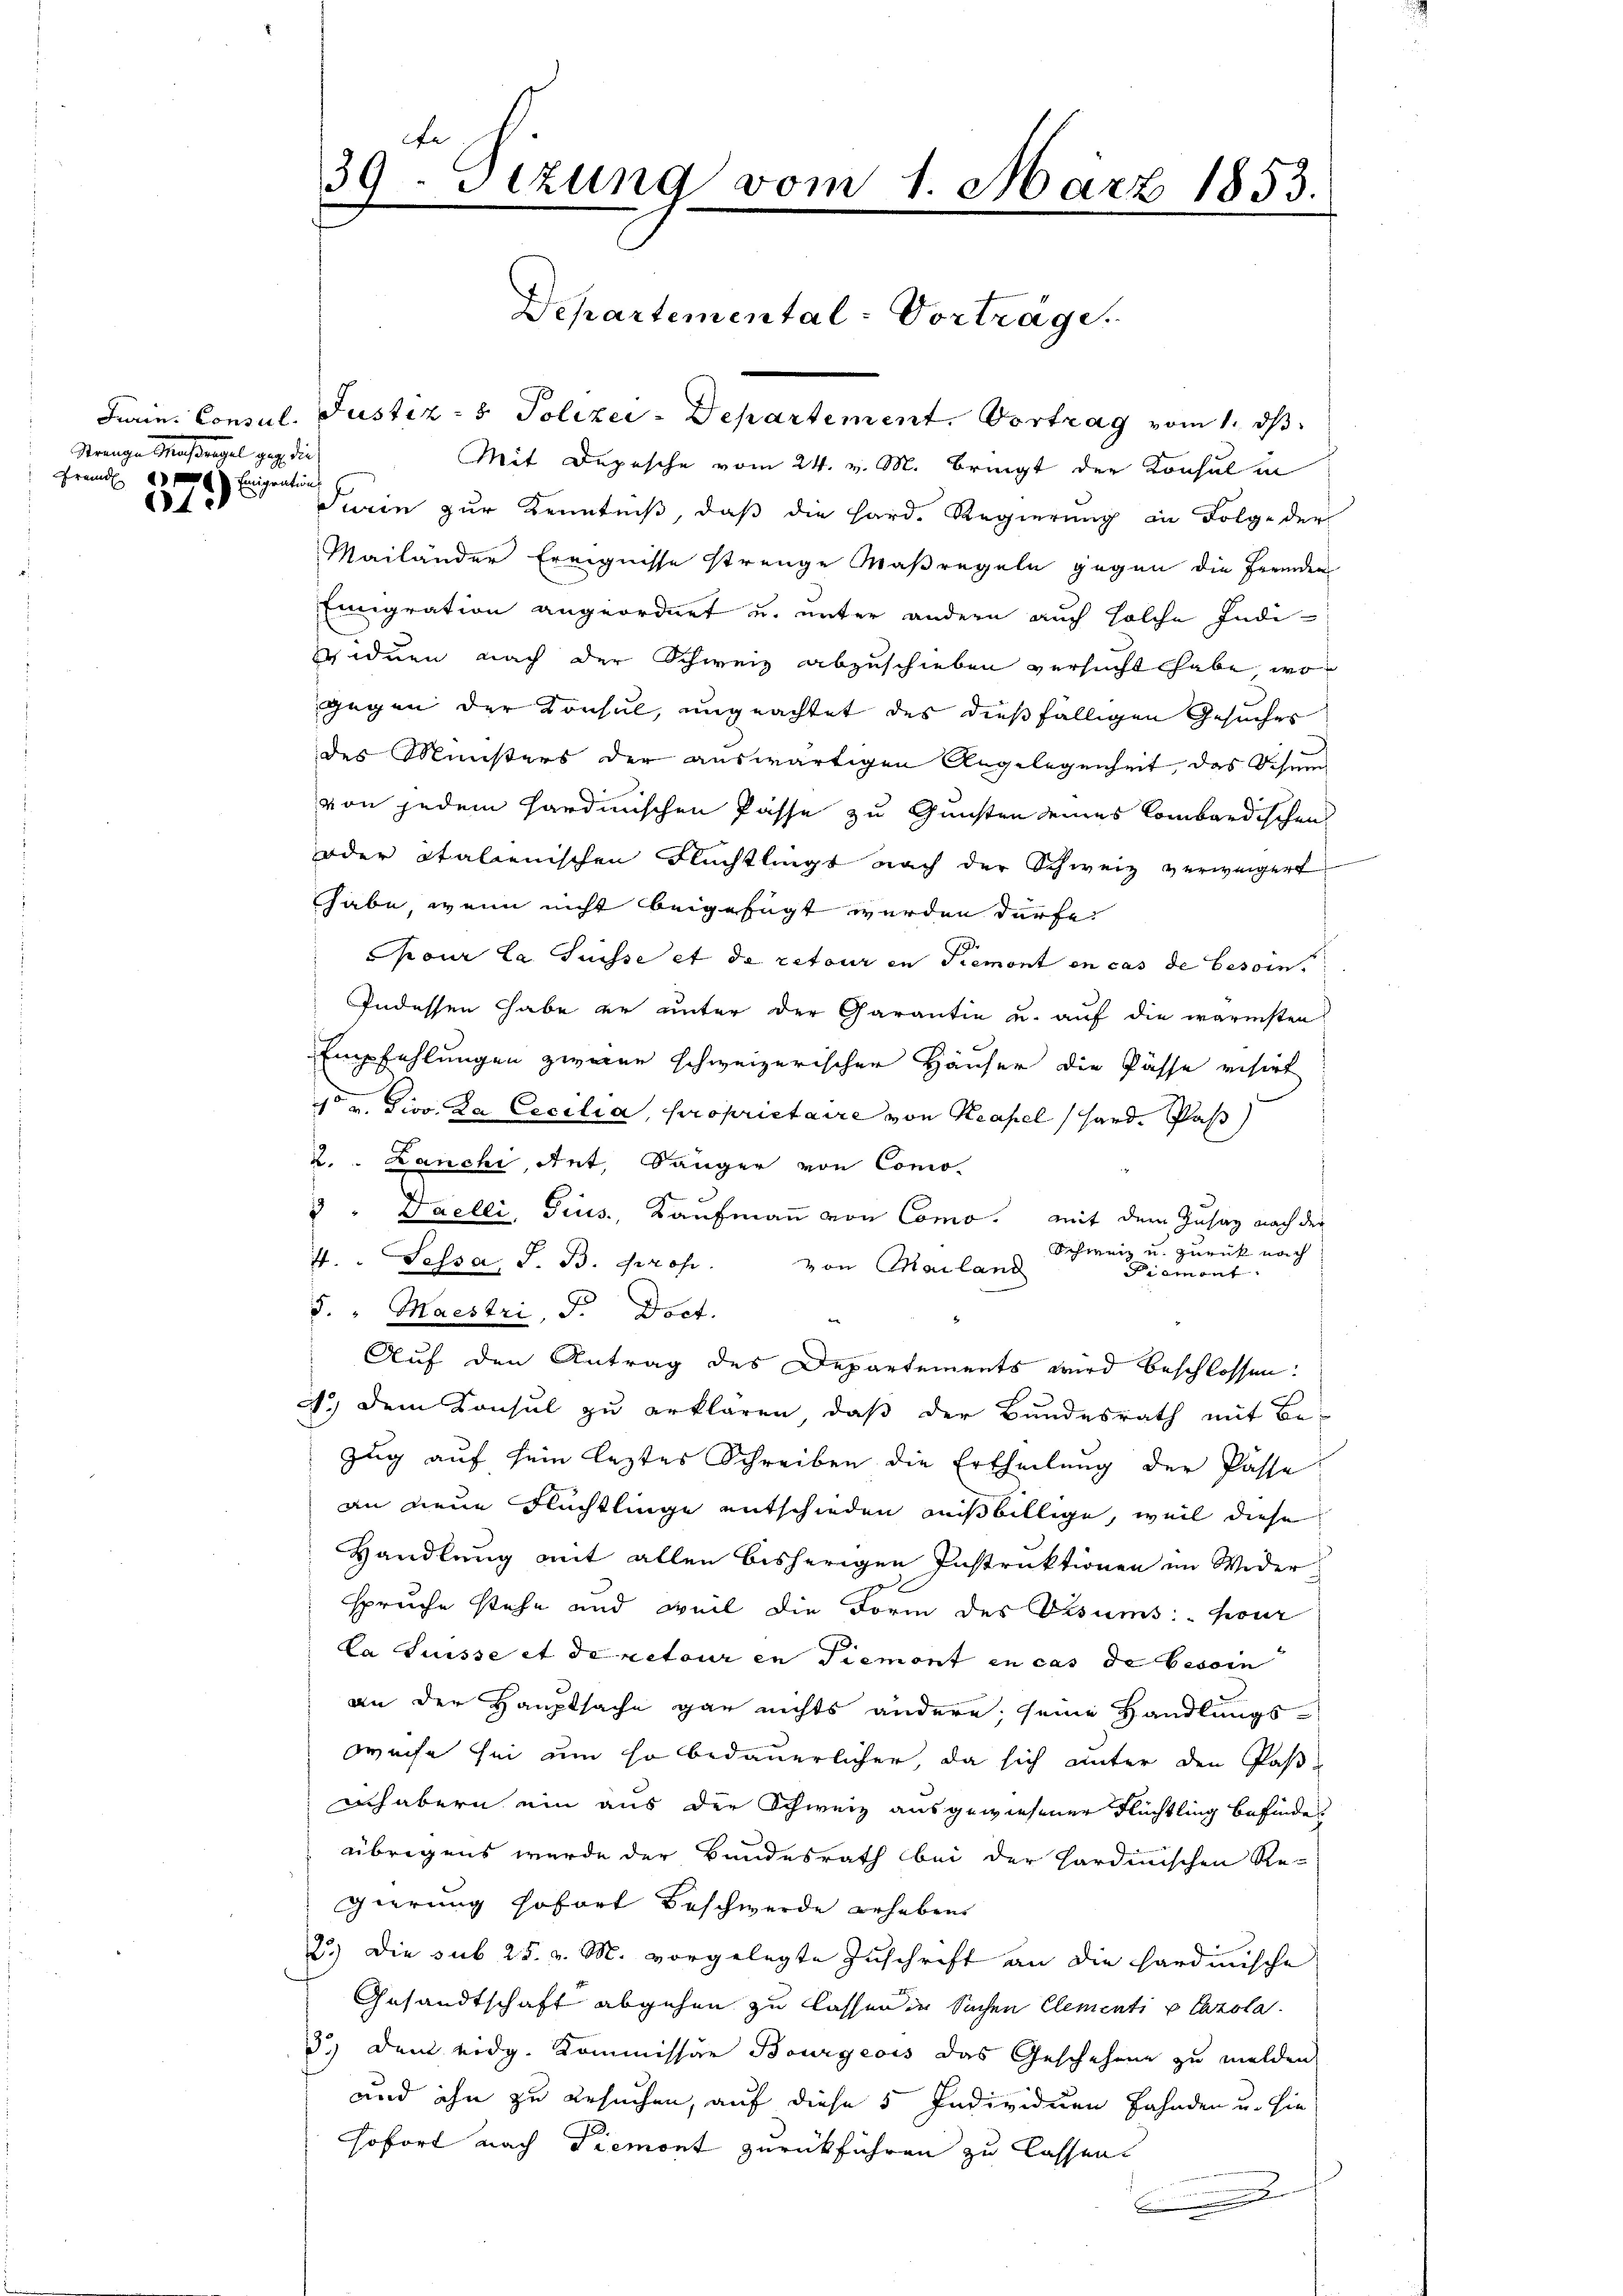
Mange Maßregel geg die
Fremden Emigration
t

e
39. Sizung vom 1. März 1853.

Departemental-Vorträge.

Juin Consul. Justiz- & Polizei-Departement. Vortrag vom 1. ds.
Mit Depesche vom 24. v. M. Bringt der Konsul in
Turin zur Kenntniß, daß die Hard. Regierung in Folge der
Mailänder Ereignisse strenge Maßregeln gegen die Fremden
Emigration angeordnet u. unter andern auch solche Indi-
viduen nach der Schweiz abzuschieben versucht habe, wogegen der Konsul, ungeachtet des dießfälligen Gesuches
des Ministers der auswärtigen Angelegenheit, das Schnee
von jedem sardinischen Pässe zu Gunsten seines Combardischen
oder italienischen Flüchtlingt nach der Schweiz verweigert
habe, wenn nicht beigefügt werden dürfe.
pour la Suisse et de retour in Piemont en cas de besoin,
Indessen habe er unter der Garantin u. auf die wärmsten
Empfehlungen zweier schweizerischen Häuser die Pässe visirt
4 v. Tivo. Da Cecilia, proprietaire von Kapel hand. Pas
2. Lanchi, Ant. Sänger von Como-
3 " Daelli, Gius, Kaufmann von Como. mit dem Zusag nach der
Schweiz u. zurück nach
4. " Sessa, S. B. Prof. von Mailand
Piemont
d. "Maestri, F. Doct.
|
Auf den Antrag des Departements wird beschlossen:
A.) Dem Sonsul zu erklären, daß der Bundesrath mit Be-
zug auf sein leztes Schreiben die Ertheilung der Pässe
an neue Flüchtlinge entschieden mißbillige, weil diese
Handlung mit allen bisherigen Instruktionen im Wider
spruche stehe und weil die Form des Visums pour
La Suisse et de retour in Piemont in cas de besoin
an der Hauptsache gar nichts andere, seine Handlungs-
weise sei um so bedauerlicher, da sich unter den Paß¬
Ich abern ein aus der Schweiz ausgewiesener Flüchtling befinden
übrigens wurde der Bundesrath bei der Hardinischen Re-
gierung sofort Beschwerde erheben
2.) Die sub 25. v. M. vorgelegte Zuschrift an die hardinische
Gesandtschaft abgehen zu lassen in Sachen Elementi u Carola.
3.) Dem eidg. Kommissär Bourgeois das Geschehene zu melden
und ihn zu besuchen, auf diese 5 Individuen Fahnden u. hie
sofort nach Piemont zurückführen zu lassen.
e